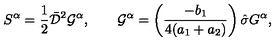
S ^ { \alpha } = { \mathrm { \small { \frac 1 2 } } } \bar { \cal D } ^ { 2 } { \cal G } ^ { \alpha } , \quad \quad { \cal G } ^ { \alpha } = \left( \frac { - b _ { 1 } } { 4 ( a _ { 1 } + a _ { 2 } ) } \right) \hat { \sigma } G ^ { \alpha } ,